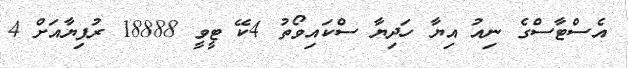
އެސްޓާސްގެ ނިއު އިޔާ ހަދިޔާ ސްކައިވޯތު 4ކޭ ޓީވީ 18888 ރުފިޔާއަށް 4